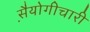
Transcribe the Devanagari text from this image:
स़ैयोगीचारी